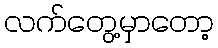
လက်တွေ့မှာတော့